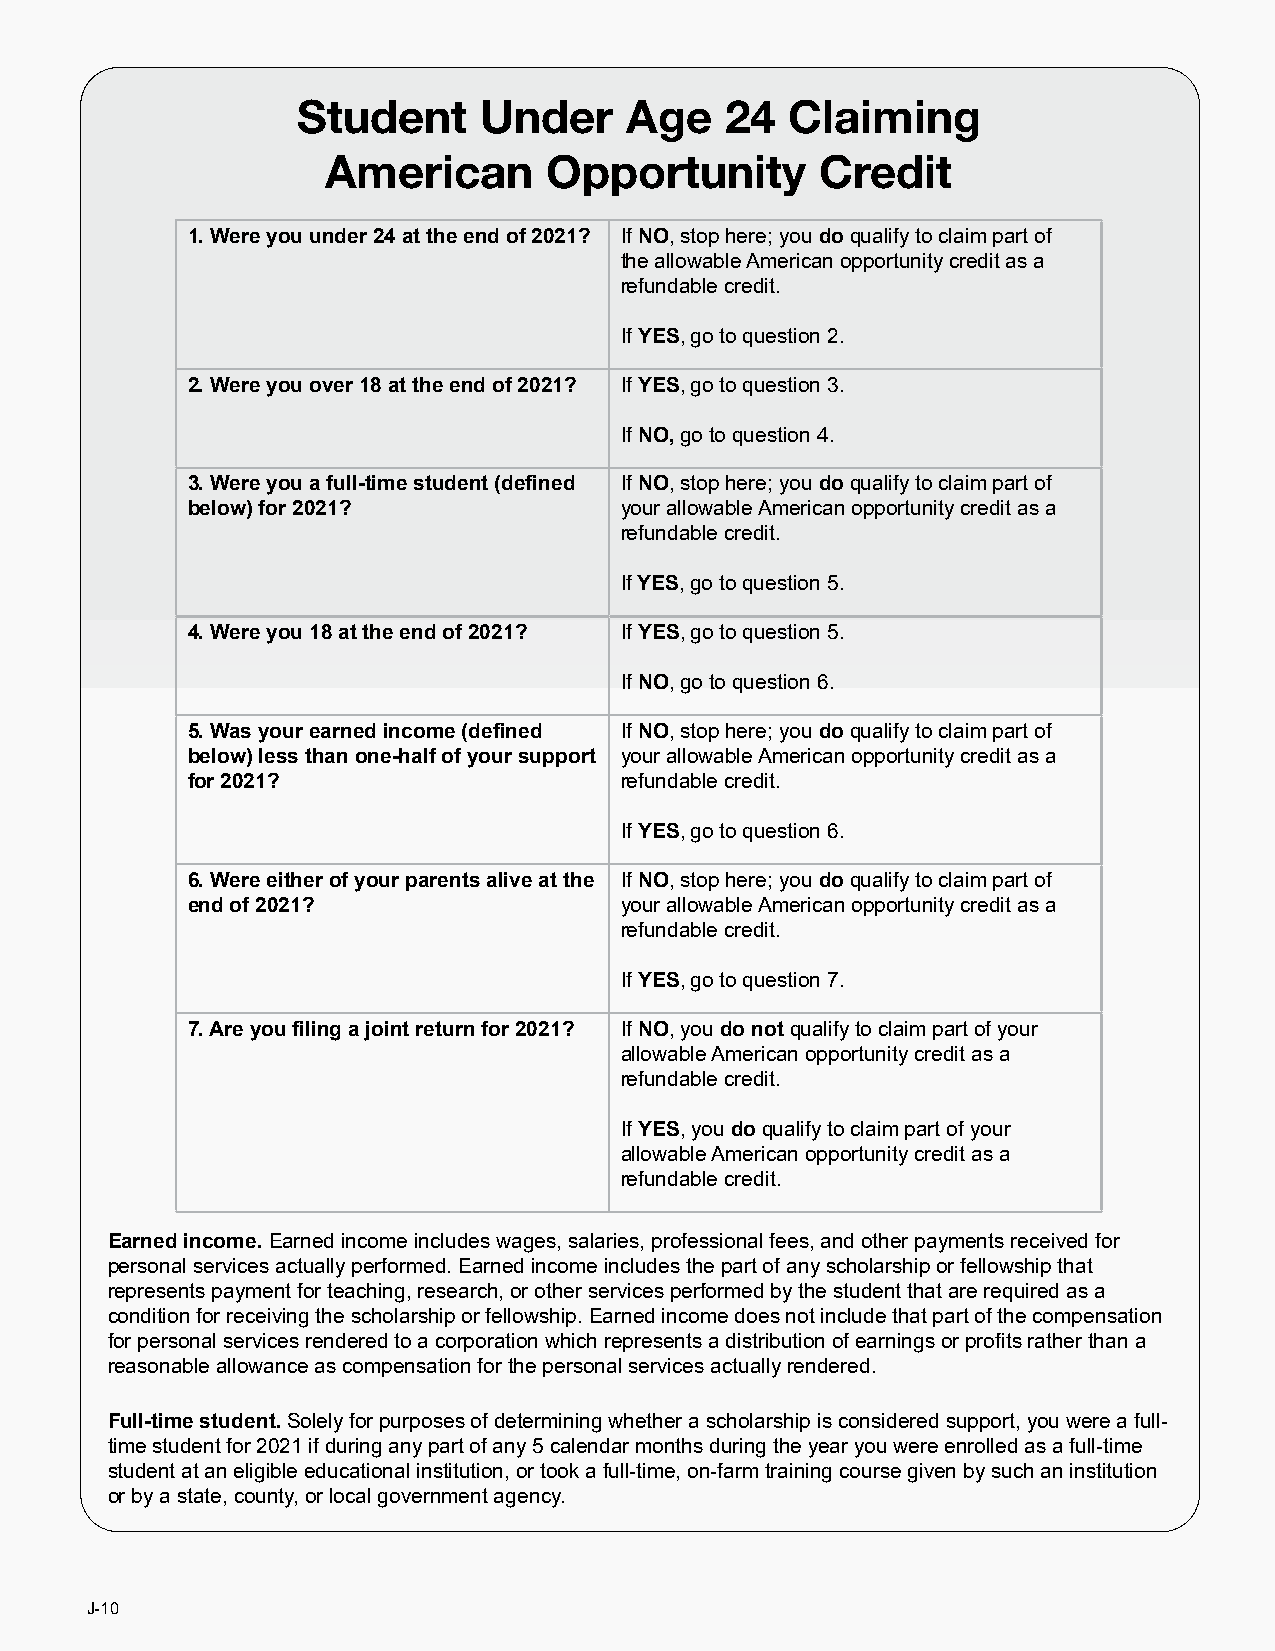
Student     Under    Age    24  Claiming
 American      Opportunity       Credit
 1. Were you under 24 at the end of 2021? If NO, stop here; you do qualify to claim part of
 the allowable American opportunity credit as a
 refundable credit.
 If YES, go to question 2.
 2. Were you over 18 at the end of 2021? If YES, go to question 3.
 If NO, go to question 4.
 3. Were you a full-time student (defined If NO, stop here; you do qualify to claim part of
 below) for 2021?             your allowable American opportunity credit as a
 refundable credit.
 If YES, go to question 5.
 4. Were you 18 at the end of 2021? If YES, go to question 5.
 If NO, go to question 6.
 5. Was your earned income (defined If NO, stop here; you do qualify to claim part of
 below) less than one-half of your support your allowable American opportunity credit as a
 for 2021?                    refundable credit.
 If YES, go to question 6.
 6. Were either of your parents alive at the If NO, stop here; you do qualify to claim part of
 end of 2021?                 your allowable American opportunity credit as a
 refundable credit.
 If YES, go to question 7.
 7. Are you filing a joint return for 2021? If NO, you do not qualify to claim part of your
 allowable American opportunity credit as a
 refundable credit.
 If YES, you do qualify to claim part of your
 allowable American opportunity credit as a
 refundable credit.
 Earned income. Earned income includes wages, salaries, professional fees, and other payments received for
 personal services actually performed. Earned income includes the part of any scholarship or fellowship that
 represents payment for teaching, research, or other services performed by the student that are required as a
 condition for receiving the scholarship or fellowship. Earned income does not include that part of the compensation
 for personal services rendered to a corporation which represents a distribution of earnings or profits rather than a
 reasonable allowance as compensation for the personal services actually rendered.
 Full-time student. Solely for purposes of determining whether a scholarship is considered support, you were a full-
 time student for 2021 if during any part of any 5 calendar months during the year you were enrolled as a full-time
 student at an eligible educational institution, or took a full-time, on-farm training course given by such an institution
 or by a state, county, or local government agency.
 J-10